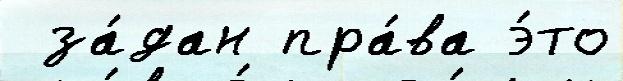
 за́дан пра́ва э́то